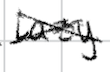
Text: lazy
Cross-out: cross
Writing tool: digital_black